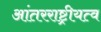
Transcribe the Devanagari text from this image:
आंतरराष्ट्रीयत्व